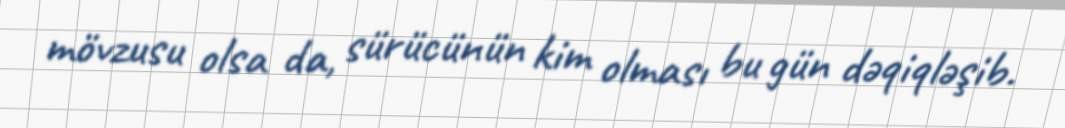
mövzusu olsa da, sürücünün kim olması bu gün dəqiqləşib.